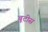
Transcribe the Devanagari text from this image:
बूटीस